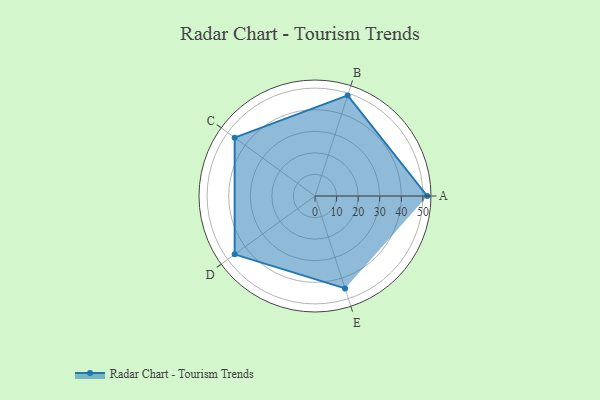
{"axis": {"x": "Skill", "y": "Score"}, "legend": ["Profile"], "data": [{"x": "A", "y": 52.0, "type": "Profile"}, {"x": "B", "y": 49.0, "type": "Profile"}, {"x": "C", "y": 46.0, "type": "Profile"}, {"x": "D", "y": 46.0, "type": "Profile"}, {"x": "E", "y": 45.0, "type": "Profile"}]}